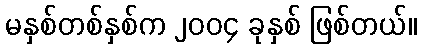
မနှစ်တစ်နှစ်က ၂၀၀၄ ခုနှစ် ဖြစ်တယ်။